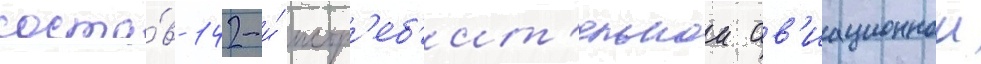
соста́в 142-и́ истр'еб'ит'ельнои ав'иационнои